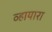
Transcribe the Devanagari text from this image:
व्हायारा